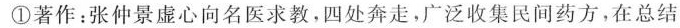
①著作：张仲景虚心向名医求教，四处奔走，广泛收集民间药方，在总结